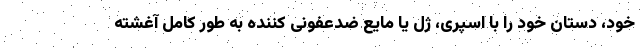
خود، دستان خود را با اسپری، ژل یا مایع ضدعفونی کننده به طور کامل آغشته